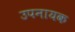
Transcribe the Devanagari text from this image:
उपनायक